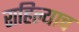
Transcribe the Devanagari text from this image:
राहिल्याच